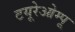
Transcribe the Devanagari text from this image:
टयूरेओम्पू